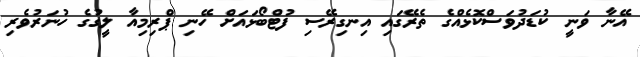
އޭނާ ވަނީ ކުޑަދުވަސްކޮޅެއްގެ ތެރޭގައި އިނގިރޭސި ފުޓްބޯޅައަށް ހޭނި ޕްރިމިއާ ލީގުގެ ހުނަރުވެރި